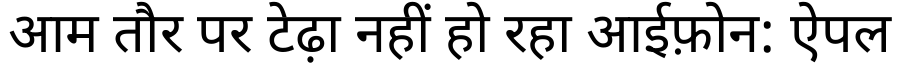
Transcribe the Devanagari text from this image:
आम तौर पर टेढ़ा नहीं हो रहा आईफ़ोन: ऐपल